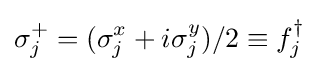
\sigma _{j}^{+}=(\sigma _{j}^{x}+i\sigma _{j}^{y})/2\equiv f_{j}^{\dagger }